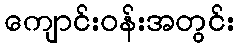
ကျောင်းဝန်းအတွင်း